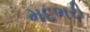
મદભરી